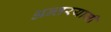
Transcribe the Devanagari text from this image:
अन्‍तरयामी